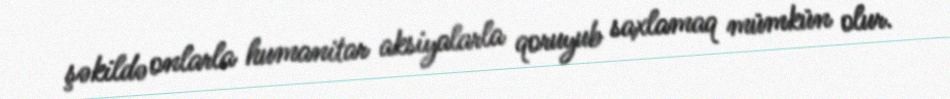
şəkildə onlarla humanitar aksiyalarla qoruyub saxlamaq mümkün olur.